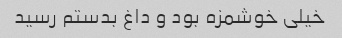
خیلی خوشمزه بود و داغ بدستم رسید